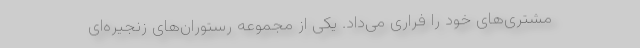
مشتری‌های خود را فراری می‌داد. یکی از مجموعه رستوران‌های زنجیره‌ای